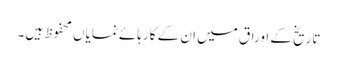
تاریخ کے اوراق میں ان کے کارہائے نمایاں محفوظ ہیں۔